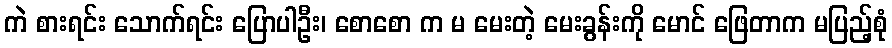
ကဲ စားရင်း သောက်ရင်း ပြောပါဦး၊ စောစော က မ မေးတဲ့ မေးခွန်းကို မောင် ဖြေတာက မပြည့်စုံ